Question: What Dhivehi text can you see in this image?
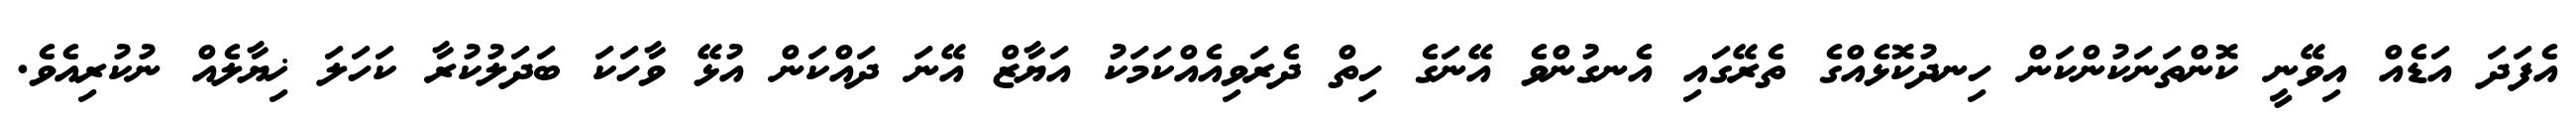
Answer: އެފަދަ އަޑެއް އިވޭނީ ކޮންތަނަކުންކަން ހިނދުކޮޅެއްގެ ތެރޭގައި އެނގުންވެ އޭނަގެ ހިތް ދެރަވިއެއްކަމަކު އަޔާޒް އޭނަ ދައްކަން އުޅޭ ވާހަކަ ބަދަލުކުރާ ކަހަލަ ޚިޔާލެއް ނުކުރިއެވެ.